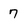
Character: 7